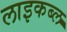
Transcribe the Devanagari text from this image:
लाइकब्ल